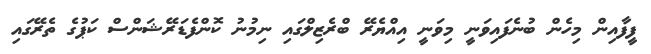
ފީފާއިން މިހެން ބުނެފައިވަނީ މިވަނީ އިއްޔެރޭ ބްރެޒިލްގައި ނިމުނު ކޮންފެޑަރޭޝަންސް ކަޕުގެ ތެރޭގައި